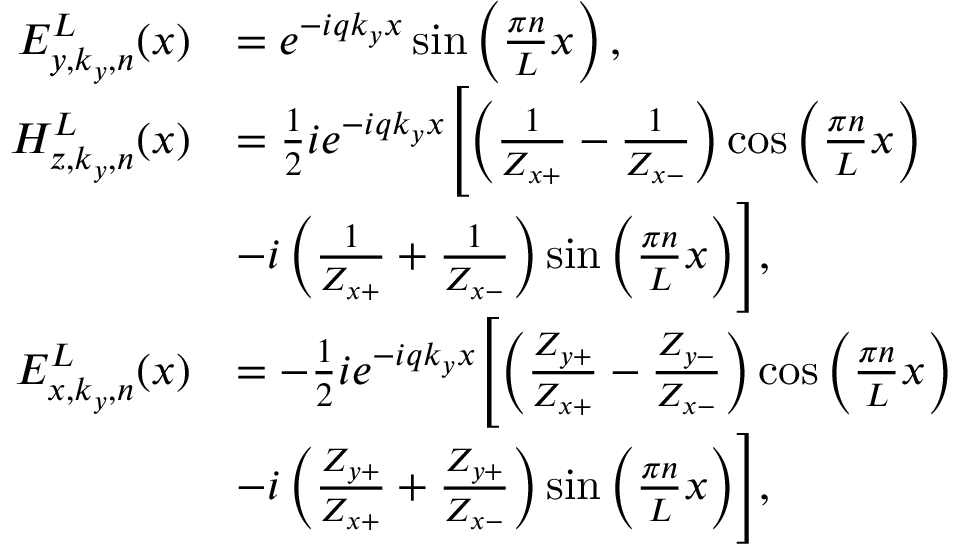
\begin{array} { r l } { E _ { y , k _ { y } , n } ^ { L } ( x ) } & { = e ^ { - i q k _ { y } x } \sin \left( \frac { \pi n } { L } x \right) , } \\ { H _ { z , k _ { y } , n } ^ { L } ( x ) } & { = \frac { 1 } { 2 } i e ^ { - i q k _ { y } x } \Biggl [ \left( \frac { 1 } { Z _ { x + } } - \frac { 1 } { Z _ { x - } } \right) \cos \left( \frac { \pi n } { L } x \right) } \\ & { - i \left( \frac { 1 } { Z _ { x + } } + \frac { 1 } { Z _ { x - } } \right) \sin \left( \frac { \pi n } { L } x \right) \Biggr ] , } \\ { E _ { x , k _ { y } , n } ^ { L } ( x ) } & { = - \frac { 1 } { 2 } i e ^ { - i q k _ { y } x } \Biggl [ \left( \frac { Z _ { y + } } { Z _ { x + } } - \frac { Z _ { y - } } { Z _ { x - } } \right) \cos \left( \frac { \pi n } { L } x \right) } \\ & { - i \left( \frac { Z _ { y + } } { Z _ { x + } } + \frac { Z _ { y + } } { Z _ { x - } } \right) \sin \left( \frac { \pi n } { L } x \right) \Biggr ] , } \end{array}